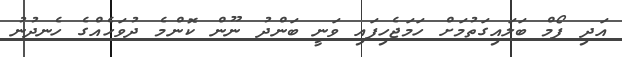
އަދި ފޯމް ބަލައިގަތުމަށް ހަމަޖެހިފައި ވަނީ ބަންދު ނޫން ކޮންމެ ދުވަހެއްގެ ހެނދުނު